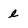
Character: e